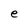
Character: e